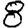
Digit: 8